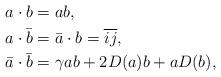
LaTeX: \begin{align*}& a \cdot b = ab,\\& a \cdot \bar b = \bar a \cdot b = \overline{ij},\\& \bar a \cdot \bar b = \gamma ab + 2D(a)b + aD(b),\end{align*}